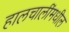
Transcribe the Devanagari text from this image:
हालचालींमधील